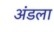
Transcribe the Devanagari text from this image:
अंडला